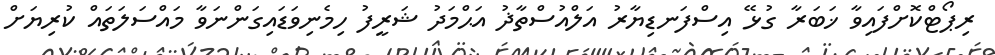
ރިޕޯޓްކޮށްފައިވާ ޚަބަރާ ގުޅޭ އިސްފަނޑިޔާރު އަލްއުސްތާޛު އަޙްމަދު ޝަރީފު ހިމެނިވަޑައިގަންނަވާ މައްސަލަތައް ކުރިޔަށް